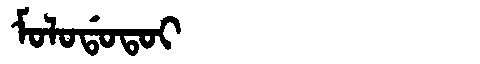
Manchu: ᠮᠣᠯᠣᡩᠣᡨᠣᡳ
Romanization: MOLODOTOI